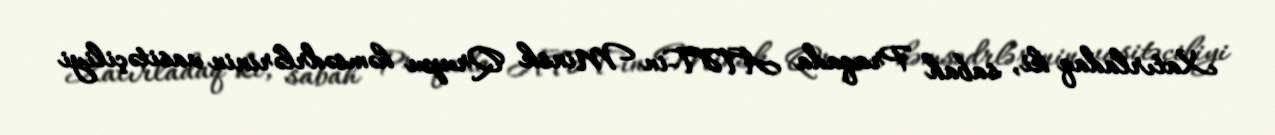
Xatırladaq ki, sabah Praqada ATƏT-in Minsk Qrupu həmsədrlərinin vasitəçiliyi